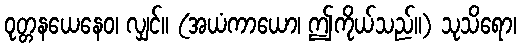
ဝုတ္တနယေနေဝ၊ လျှင်။ (အယံကာယော၊ ဤကိုယ်သည်။) သုသိရော၊